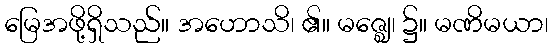
မြေအဖို့ရှိသည်။ အဟောသိ၊ ၏။ မဇ္ဈေ၊ ၌။ မဏိမယာ၊